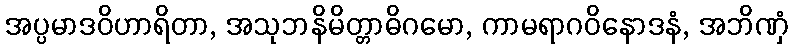
အပ္ပမာဒဝိဟာရိတာ, အသုဘနိမိတ္တာဓိဂမော, ကာမရာဂဝိနောဒနံ, အဘိဏှံ